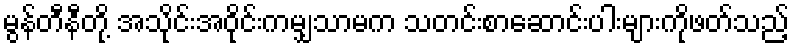
မွန်တီနီတို့ အသိုင်းအဝိုင်းကမျှသာမက သတင်းစာဆောင်းပါးများကိုဖတ်သည့်